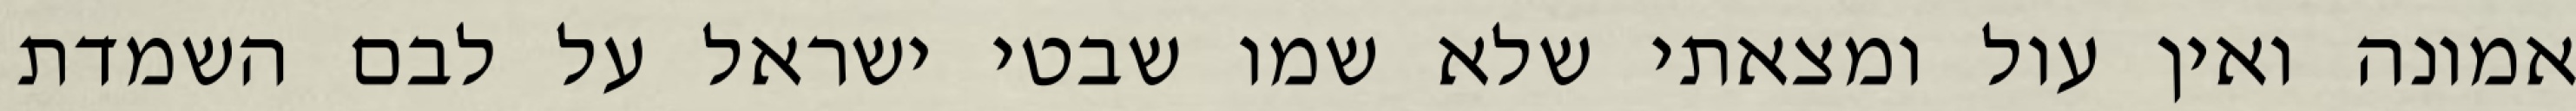
אמונה ואין עול ומצאתי שלא שמו שבטי ישראל על לבם השמדת